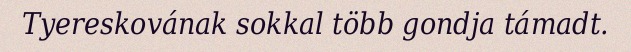
Tyereskovának sokkal több gondja támadt.